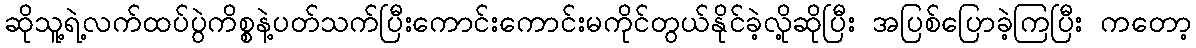
ဆိုသူ့ရဲ့လက်ထပ်ပွဲကိစ္စနဲ့ပတ်သက်ပြီးကောင်းကောင်းမကိုင်တွယ်နိုင်ခဲ့လို့ဆိုပြီး အပြစ်ပြောခဲ့ကြပြီး ကတော့